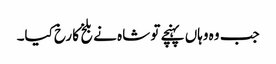
جب وہ وہاں پہنچے تو شاہ نے بلخ کا رخ کیا۔